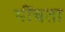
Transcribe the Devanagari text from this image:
भींचता